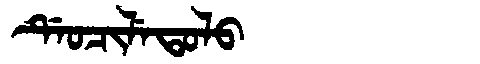
Manchu: ᡩᡝᠣᠴᡳᠯᡝᡨᠣᠯᠣ
Romanization: DEOCILETOLO